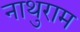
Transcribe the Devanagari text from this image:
नाथुराम